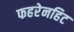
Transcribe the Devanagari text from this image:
फहरेनहिट